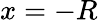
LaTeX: x=-R